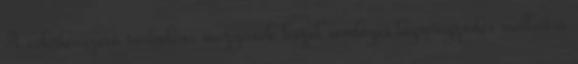
A véletlenszerű turbulens mozgások közel semleges légrétegződés mellett a